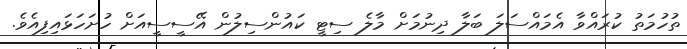
ތުހުމަތު ކުރައްވާ އެމައްސަލަ ބަލާ ދިނުމަށް މާލެ ސިޓީ ކައުންސިލުން އޭސީސީއަށް ހުށަހަޅައިފިއެވެ.